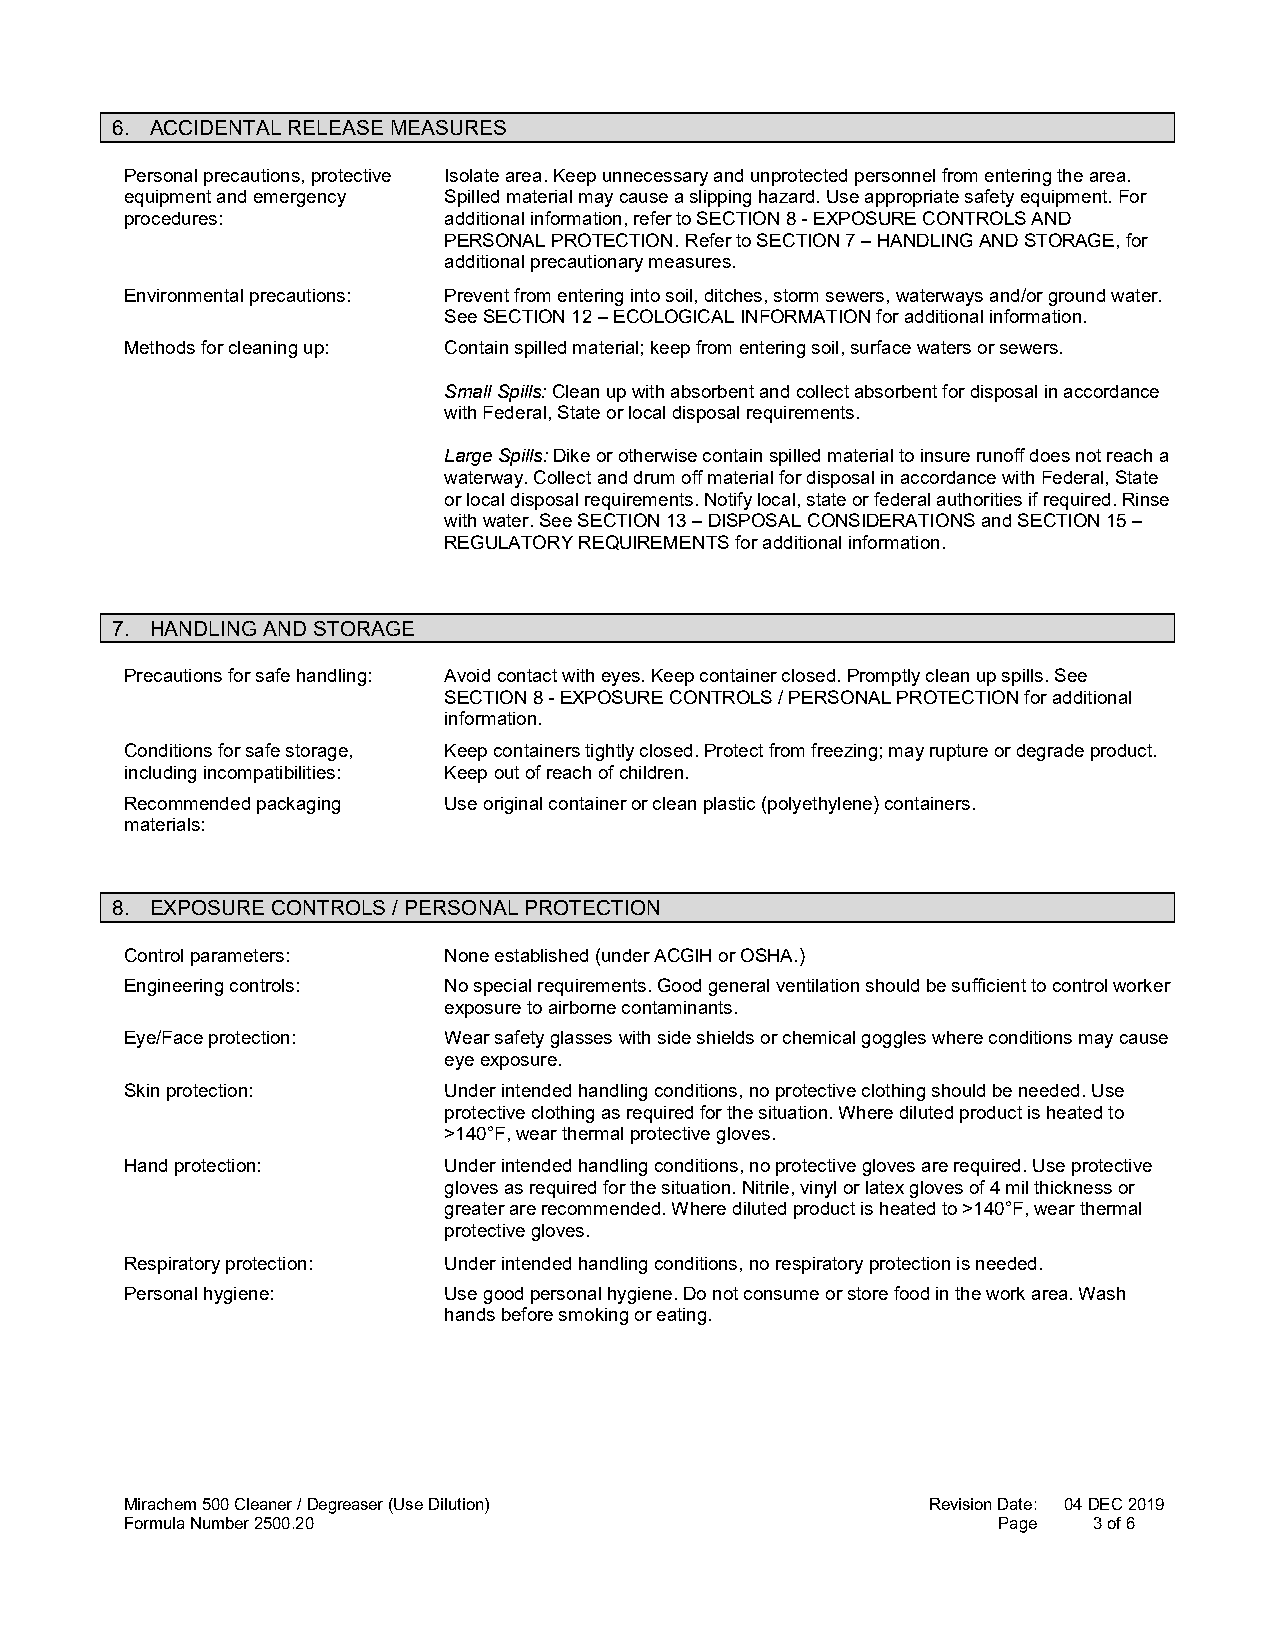
6. ACCIDENTAL RELEASE MEASURES
 Personal precautions, protective Isolate area. Keep unnecessary and unprotected personnel from entering the area.
 equipment and emergency Spilled material may cause a slipping hazard. Use appropriate safety equipment. For
 procedures:          additional information, refer to SECTION 8 - EXPOSURE CONTROLS AND
 PERSONAL PROTECTION. Refer to SECTION 7 – HANDLING AND STORAGE, for
 additional precautionary measures.
 Environmental precautions: Prevent from entering into soil, ditches, storm sewers, waterways and/or ground water.
 See SECTION 12 – ECOLOGICAL INFORMATION for additional information.
 Methods for cleaning up: Contain spilled material; keep from entering soil, surface waters or sewers.
 Small Spills: Clean up with absorbent and collect absorbent for disposal in accordance
 with Federal, State or local disposal requirements.
 Large Spills: Dike or otherwise contain spilled material to insure runoff does not reach a
 waterway. Collect and drum off material for disposal in accordance with Federal, State
 or local disposal requirements. Notify local, state or federal authorities if required. Rinse
 with water. See SECTION 13 – DISPOSAL CONSIDERATIONS and SECTION 15 –
 REGULATORY REQUIREMENTS for additional information.
 7. HANDLING AND STORAGE
 Precautions for safe handling: Avoid contact with eyes. Keep container closed. Promptly clean up spills. See
 SECTION 8 - EXPOSURE CONTROLS / PERSONAL PROTECTION for additional
 information.
 Conditions for safe storage, Keep containers tightly closed. Protect from freezing; may rupture or degrade product.
 including incompatibilities: Keep out of reach of children.
 Recommended packaging Use original container or clean plastic (polyethylene) containers.
 materials:
 8. EXPOSURE CONTROLS / PERSONAL PROTECTION
 Control parameters:  None established (under ACGIH or OSHA.)
 Engineering controls: No special requirements. Good general ventilation should be sufficient to control worker
 exposure to airborne contaminants.
 Eye/Face protection: Wear safety glasses with side shields or chemical goggles where conditions may cause
 eye exposure.
 Skin protection:     Under intended handling conditions, no protective clothing should be needed. Use
 protective clothing as required for the situation. Where diluted product is heated to
 >140°F, wear thermal protective gloves.
 Hand protection:     Under intended handling conditions, no protective gloves are required. Use protective
 gloves as required for the situation. Nitrile, vinyl or latex gloves of 4 mil thickness or
 greater are recommended. Where diluted product is heated to >140°F, wear thermal
 protective gloves.
 Respiratory protection: Under intended handling conditions, no respiratory protection is needed.
 Personal hygiene:    Use good personal hygiene. Do not consume or store food in the work area. Wash
 hands before smoking or eating.
 Mirachem 500 Cleaner / Degreaser (Use Dilution)      Revision Date: 04 DEC 2019
 Formula Number 2500.20                                    Page  3 of 6